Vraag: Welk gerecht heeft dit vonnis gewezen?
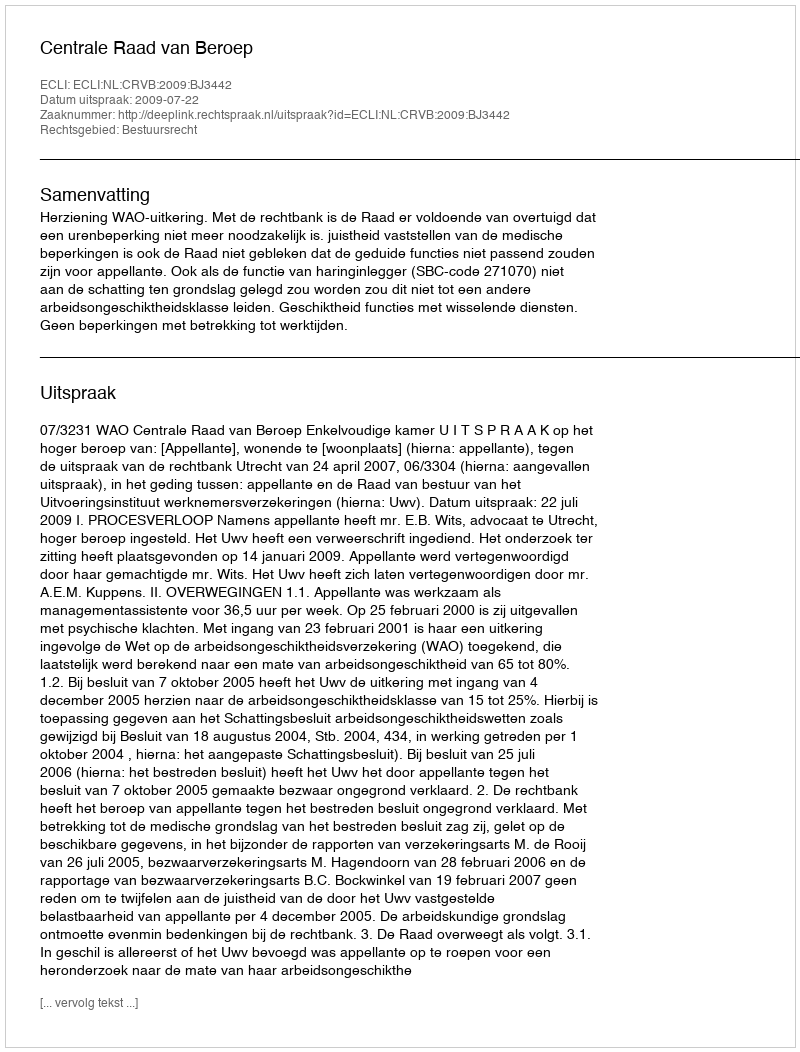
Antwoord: Centrale Raad van Beroep